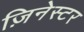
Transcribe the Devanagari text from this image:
ज़िनेस्टर